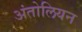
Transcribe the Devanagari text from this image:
अंतोलियन